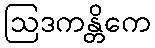
ဩဒကန္တိကေ